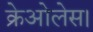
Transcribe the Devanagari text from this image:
क्रेओलेस।